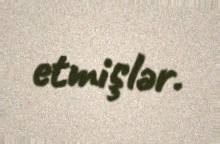
etmişlər.